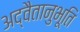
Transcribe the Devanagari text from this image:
अद्वैतानुभूति